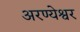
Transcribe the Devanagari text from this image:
अरण्येश्वर